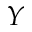
Y